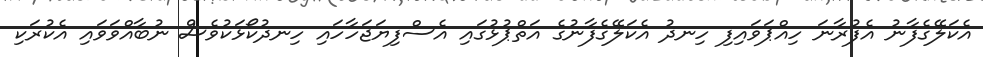
އެކަލޭގެފާނު އެފުރާނަ ހިއްޕަވައިފި ހިނދު އެކަލޭގެފާނުގެ އަތްޕުޅުގައި އެސްފިޔަޖަހާހައި ހިނދުކޯޅަކުވެސް ނުބާއްވަވައި އެކުރަކި